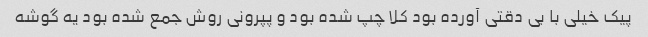
پیک خیلی با بی دقتی آورده بود کلا چپ شده بود و پپرونی روش جمع شده بود یه گوشه